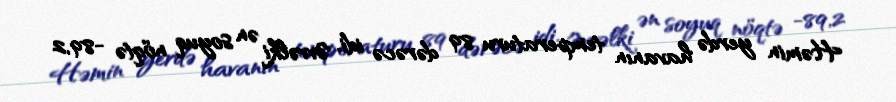
Həmin yerdə havanın temperaturu 89 dərəcə idi. Əvvəlki ən soyuq nöqtə -89,2